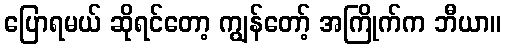
ပြောရမယ် ဆိုရင်တော့ ကျွန်တော့် အကြိုက်က ဘီယာ။